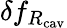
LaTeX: \delta f_{R_{\mathrm{cav}}}